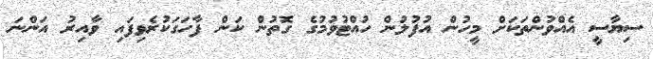
ސިޔާސީ އެއްވުންތަކަށް މީހުން އުފުލުން ހުއްޓުވުމުގެ ގޮތުން ކަން ފާހަގަކުރެވިފައި ވާއިރު އަންނަ